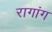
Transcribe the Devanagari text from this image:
रागांग